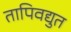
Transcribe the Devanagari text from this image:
तापिवद्युत